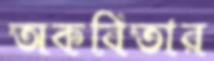
অকবিতার